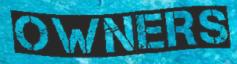
OWNERS